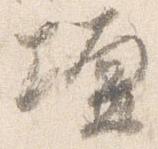
壇